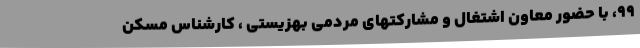
99، با حضور معاون اشتغال و مشارکتهای مردمی بهزیستی ، کارشناس مسکن